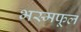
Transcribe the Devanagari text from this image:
भस्मफूल